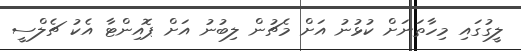
ލީގުގައި މިހާތަނަށް ކުޅުނު އަށް މެޗުން ލިބުނު އަށް ޕޮއިންޓާ އެކު ޗެލްސީ